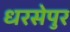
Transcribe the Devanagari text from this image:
धरसेपुर